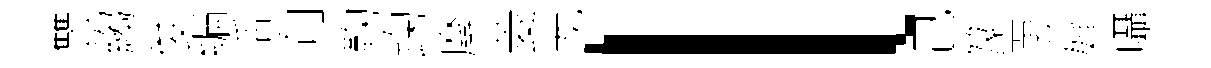
讐縐俊编活向鞠踘麾菱龙l己篆罳婵囁